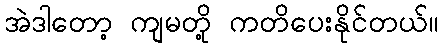
အဲဒါတော့ ကျမတို့ ကတိပေးနိုင်တယ်။